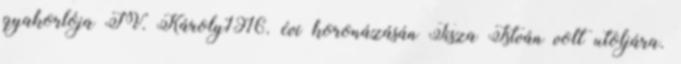
gyakorlója IV. Károly1916. évi koronázásán Tisza István volt utoljára.